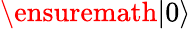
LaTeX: \ensuremath{\vert 0\rangle}